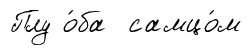
Плу о́ба самцо́м